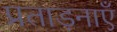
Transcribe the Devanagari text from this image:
प्रताड़नाएँ